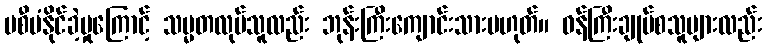
မစီမံနိုင်ခဲ့မှုကြောင့် သမ္မတလုပ်သူလည်း ဘုန်းကြီးကျောင်းသားမဟုတ်။ ဝန်ကြီးချုပ်စသူများလည်း